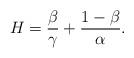
LaTeX: \begin{align*}H=\frac \beta \gamma+ \frac {1-\beta}{\alpha}.\end{align*}